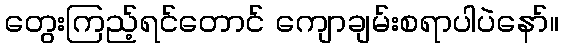
တွေးကြည့်ရင်တောင် ကျောချမ်းစရာပါပဲနော်။